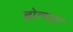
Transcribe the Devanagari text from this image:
ह्येल्पाटं